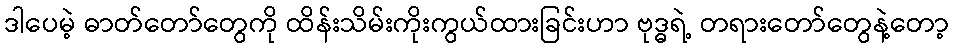
ဒါပေမဲ့ ဓာတ်တော်တွေကို ထိန်းသိမ်းကိုးကွယ်ထားခြင်းဟာ ဗုဒ္ဓရဲ့ တရားတော်တွေနဲ့တော့